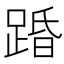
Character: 𮛨